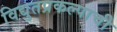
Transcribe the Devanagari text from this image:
विद्युतप्रकल्पाची